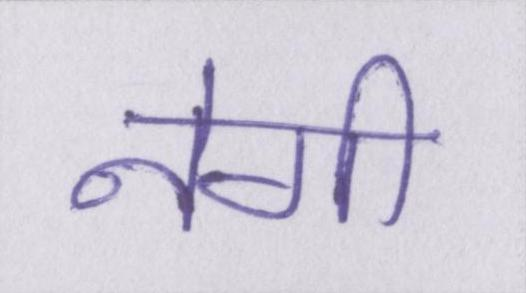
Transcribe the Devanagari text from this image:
नेगी